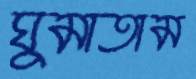
ঘুমাতাম